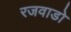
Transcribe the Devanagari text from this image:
रजवाडो